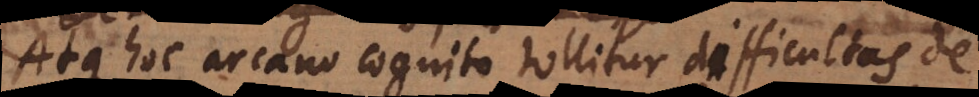
Atque hoc arcano cognito tollitur difficultas de